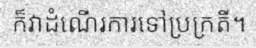
ក៏វាដំណើរការទៅប្រក្រតី។